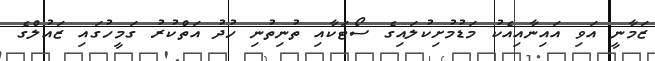
ޒަމާނީ އަވި އައިނާއިއެކު މަޑުމުށިކުލައިގެ ސޯޓަކާއި ތުނިތުނި ހުދު އަތްކުރު ގަމީހުގައި ޒައުލްގެ